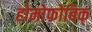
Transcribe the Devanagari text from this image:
होमोफोबिक्